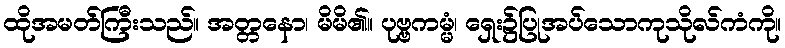
ထိုအမတ်ကြီးသည်။ အတ္တနော၊ မိမိ၏။ ပုဗ္ဗကမ္မံ၊ ရှေး၌ပြုအပ်သောကုသိုလ်ကံကို။